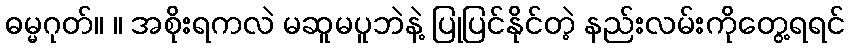
ဓမ္မဂုတ်။ ။ အစိုးရကလဲ မဆူမပူဘဲနဲ့ ပြုပြင်နိုင်တဲ့ နည်းလမ်းကိုတွေ့ရရင်